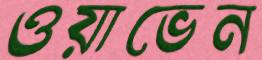
ওয়াভেন